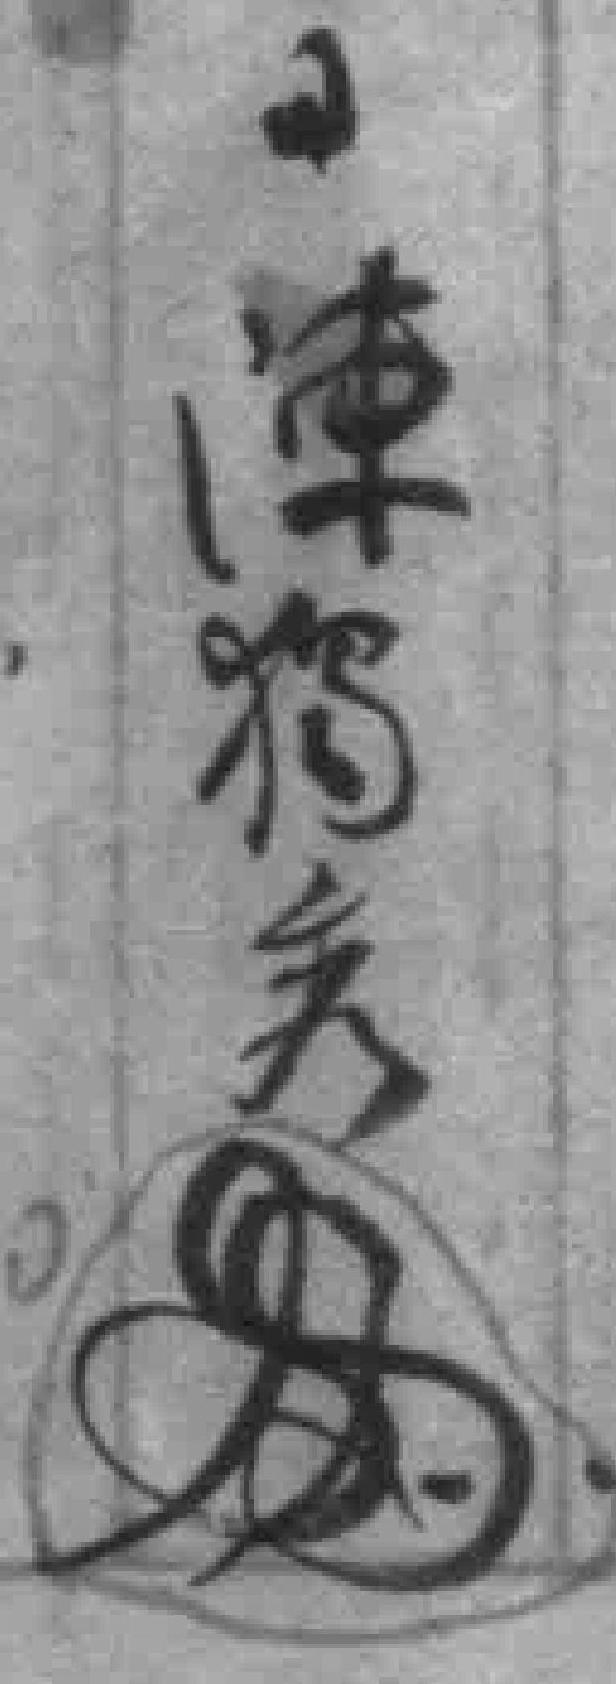
日陳獨秀*